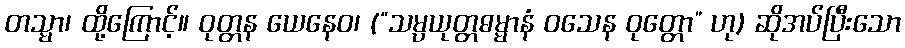
တသ္မာ၊ ထို့ကြောင့်။ ဝုတ္တန ယေနေဝ၊ (“သမ္ပယုတ္တဓမ္မာနံ ဝသေန ဝုတ္တော” ဟု) ဆိုအပ်ပြီးသော